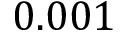
0 . 0 0 1